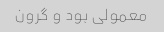
معمولی بود و گرون